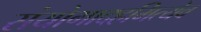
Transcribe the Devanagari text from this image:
संयोगादहमित्येव